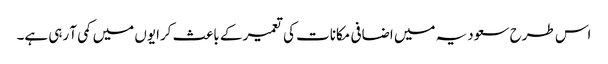
اس طرح سعودیہ میں اضافی مکانات کی تعمیر کے باعث کرایوں میں کمی آ رہی ہے۔